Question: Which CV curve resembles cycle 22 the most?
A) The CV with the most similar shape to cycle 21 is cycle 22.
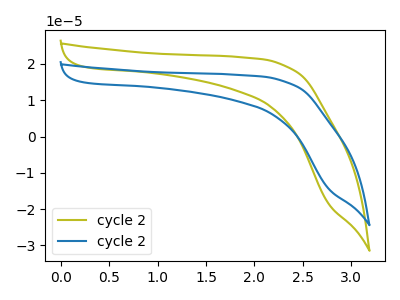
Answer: <think>The olive curve "cycle 21" has no peaks. The blue curve "cycle 22" has no peaks.
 Neither "cycle 21" or "cycle 22" have any peaks.</think>
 <answer>A) The CV with the most similar shape to "cycle 21" is "cycle 22".</answer>
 <eval>A</eval>